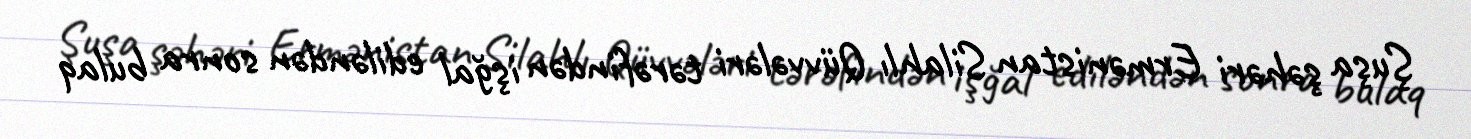
Şuşa şəhəri Ermənistan Silahlı Qüvvələri tərəfindən işğal ediləndən sonra bulaq